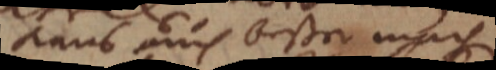
kans auch besser machen